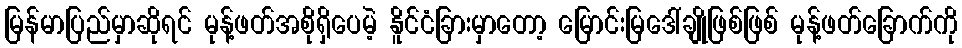
မြန်မာပြည်မှာဆိုရင် မုန့်ဖတ်အစိုရှိပေမဲ့ နိူင်ငံခြားမှာတော့ မြောင်းမြဒေါ်ချိုဖြစ်ဖြစ် မုန့်ဖတ်ခြောက်ကို